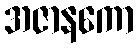
အဇာနကော